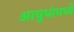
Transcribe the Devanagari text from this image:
आयुधांमध्ये